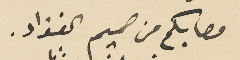
مصابكم من صميم الفؤاد.